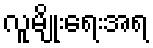
လူမျိုးရေးအရ